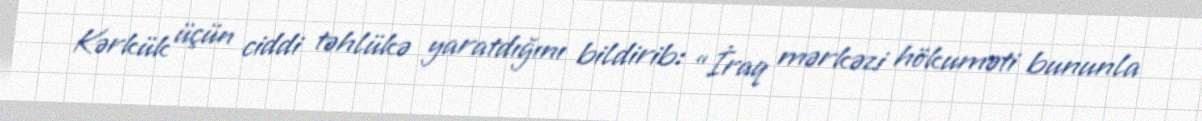
Kərkük üçün ciddi təhlükə yaratdığını bildirib: “İraq mərkəzi hökuməti bununla